Vaccination in Burma 1900-1911 - 1900-1911
Year: 1900
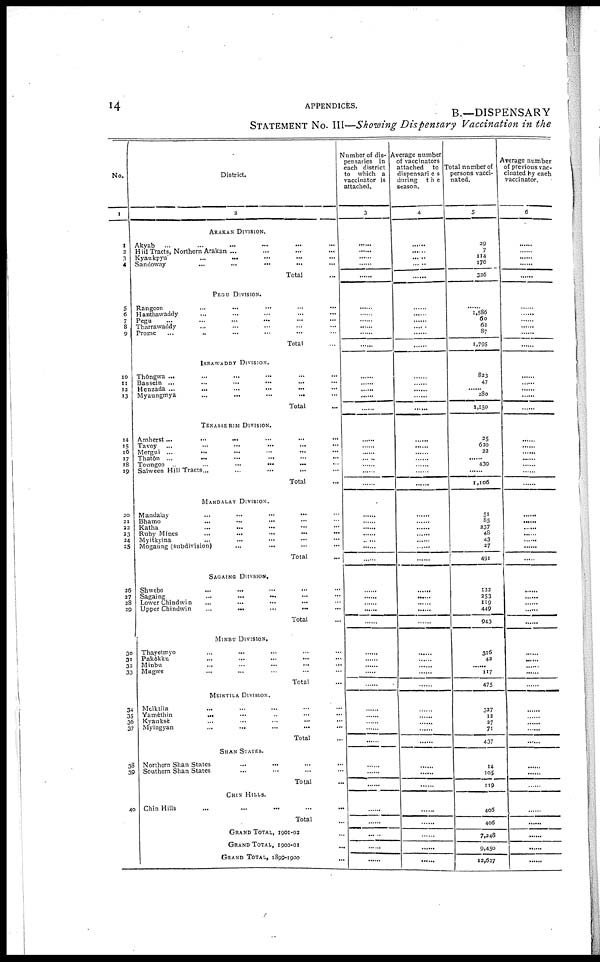
14
APPENDICES.
B.—DISPENSARY
STATEMENT No. III—Showing Dispensary Vaccination in the
No.
1
1
3
3
4
5
6
7 8
9
10
11 12
13
14
15
16
17
18
19
20
21
22
23
24
25
26
27
28
29
30
31
32
33
34
35
36
37
38
39
40
District.
2
ARAKAN DIVISION.
Akyab ... ... ... ... ... ...
Hill Tracts, Northern Arakan ... ... ... ...
Kyaukpyu ... ... ... ... ...
Sandoway ... ... ... ...
Total ...
PEGU DIVISION.
Rangoon ... ... ... ... ...
Hanthawaddy ... ... ... ... ...
Pegu ... ... ... ... ...
Tharrawaddy ... ... ... ... ...
Prome ... ... ... ... ... ...
Total ...
IRRAWADDY DIVISION.
Thôngwa ... ... ... ... ...
Bassein ... ... ... ... ...
Henzada ... ... ... ... ... ...
Myaungmya ... ... ... ... ...
Total
TENASSERIM DIVISION.
Amherst ... ... ... ... ... ... ...
Tavoy
... ... ... ... ... ...
Mergui ... ... ... ... ... ...
Thatôn ... ... ... ... ... ...
Tonngoo
...
...
...
...
...
...
Salween Hill Tracts ... ... ... ... ...
Total ...
MANDALAY DIVISION.
Mandalay
...
...
...
...
...
Bhamo ... ... ... ... ...
Katha ... ... ... ... ...
Ruby Mines ... ... ... ... ...
Myitkyina ... ... ... ... ...
Mogaung (subdivision)
Total
SAGAING DIVISION.
Shwebo
... ... ... ... ...
Sagaing ... ... ... ... ...
Lower Chindwin ... ... ... ... ...
Upper Chindwin
...
...
...
...
...
Total ...
MINBU DIVISION.
Thayetmyo ... ... ... ... ...
Pakôkku ... ... ... ... ...
Minbu ... ... ... ... ...
Magwe ... ... ... ... ...
Total
MEIKTILA DIVISION.
Meiktila ... ... ... ... ...
Yamèthin ... ... ... ... ...
Kyauksè ... ... ... ... ...
Myingyan ... ... ... ... ...
Total ...
SHAN STATEDS
Northern Shan States ... ... ... ...
Southern Shan States ... ... ... ...
Total
CHIN HILLS.
Chin Hills ... ... ... ... ...
Total ...
GRAND TOTAL, 1901-02 ...
GRAND TOTAL, 1900-01
...
GRAND TOTAL, 1899-1900
...
Number of dis-
pensaries in
each district
to which a
vaccinator is
attached.
3
......
......
......
......
......
......
......
......
......
......
......
......
......
......
......
......
......
......
......
......
......
......
......
......
......
......
......
......
......
......
......
......
......
......
......
...... ......
......
......
......
......
......
......
......
......
......
......
......
......
Average number
of vaccinators
attached to
dispensaries
during
the
season.
4
......
......
......
......
......
......
......
......
......
......
......
......
......
......
......
......
......
......
......
......
......
......
......
......
......
......
......
......
......
......
......
......
......
......
......
......
......
......
......
......
......
......
......
......
......
......
......
......
......
Total number of
persons vacci-
nated.
5
29
7
114
175
326
......
1,586
60
63
87
1,795
833
47
......
280
1,150
35
620
......
......
439
......
1,106
51
85
237
48
43
37
491
122
253
119
449
943
316
42
......
117
475
327
13
37
71
437
14
105
119
406
406
7,348
9,450
12,637
Average number
of previous vac-
cinated by each
vaccinator.
6
......
......
......
......
......
......
......
......
......
......
......
......
......
......
......
......
......
......
......
......
......
......
......
......
......
......
......
......
......
......
......
......
......
......
......
......
......
......
......
......
......
......
......
......
......
......
......
......
......
......
......